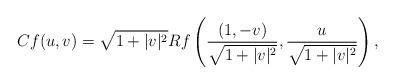
LaTeX: \begin{align*}Cf(u,v)=\sqrt{1+|v|^2}Rf\left(\frac{(1,-v)}{\sqrt{1+|v|^2}},\frac u{\sqrt{1+|v|^2}}\right),\end{align*}